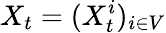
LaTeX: X_{t}=(X_{t}^{i})_{i\in V}